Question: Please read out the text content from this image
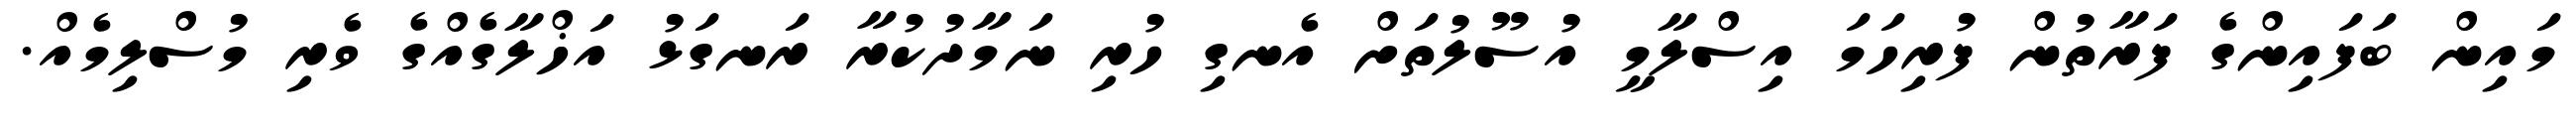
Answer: މައިން ބަފައިންގެ ފަރާތުން ފުރިހަމަ އިސްލާމީ އުސޫލުތަށް އެނގި ހުރި ނަމާދުކުރާ ރަނގަޅު އަޚްލާގެއްގެ ވެރި މުސްލިމެއް.